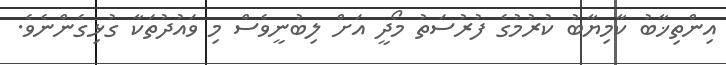
އިންތިޚާބު ކާމިޔާބު ކުރުމުގެ ފުރުސަތު މޯދީ އަށް ލިބުނީވެސް މި ވައުދުތަކާ ގުޅިގެންނެވެ.